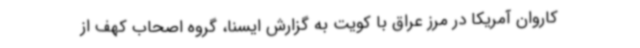
کاروان آمریکا در مرز عراق با کویت به گزارش ایسنا، گروه اصحاب کهف از